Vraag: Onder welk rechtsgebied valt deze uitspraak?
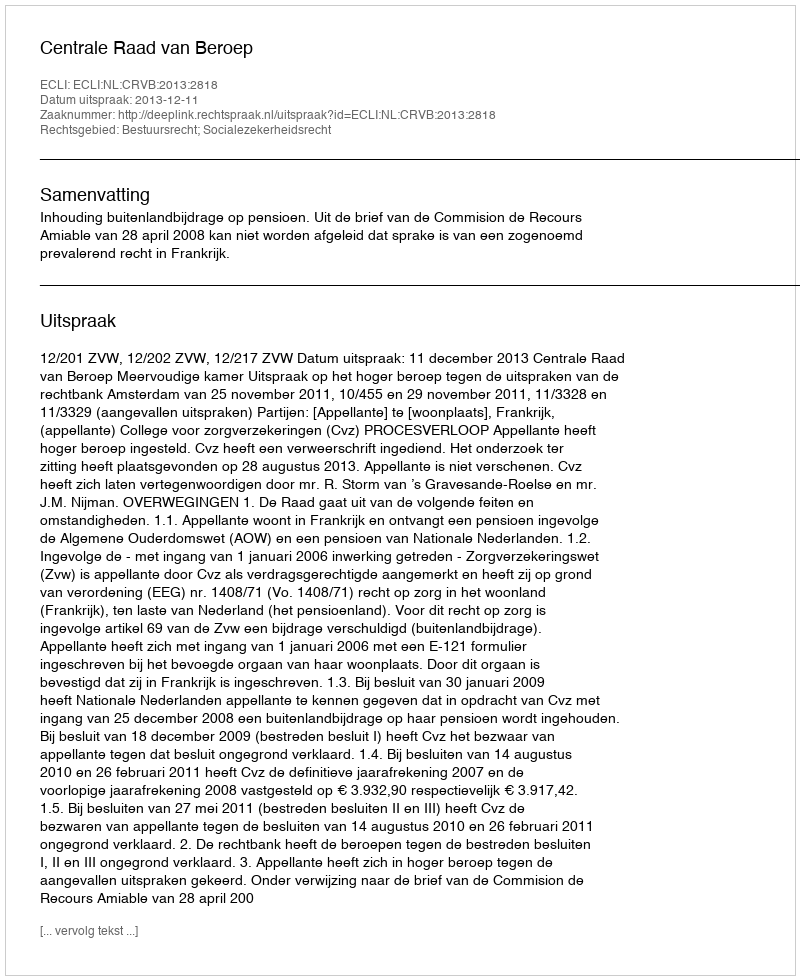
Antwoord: Bestuursrecht; Socialezekerheidsrecht